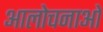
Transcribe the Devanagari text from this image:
आलोचनाओ